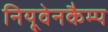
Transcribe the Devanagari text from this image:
नियूवेनकैम्प